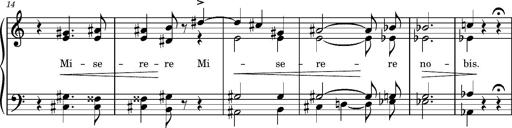
Title: Album-Leaf 'Poco adagio aus der Graner Messe'
Composer: Franz Liszt